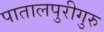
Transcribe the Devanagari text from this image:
पातालपुरीगुरु